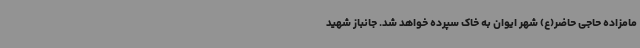
مامزاده حاجی حاضر(ع) شهر ایوان به خاک سپرده خواهد شد. جانباز شهید